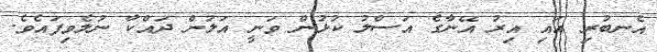
އެނބުރި އައި އިރު އޭނާގެ އަސްލު ކުޅުން ވަނީ އަލުން ދައްކާ ނުލެވިފައެވެ.